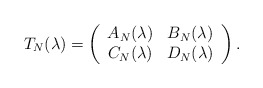
\begin{align*}T_N(\lambda)=\left(\begin{array}{cc}A_N(\lambda) & B_N(\lambda)\\C_N(\lambda) & D_N(\lambda)\end{array}\right).\end{align*}